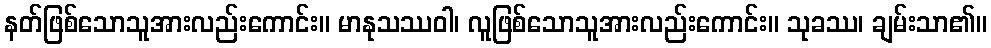
နတ်ဖြစ်သောသူအားလည်းကောင်း။ မာနုသဿဝါ၊ လူဖြစ်သောသူအားလည်းကောင်း။ သုခဿ၊ ချမ်းသာ၏။